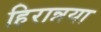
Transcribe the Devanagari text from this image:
हिरान्नया